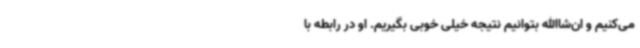
می‌کنیم و ان‌شاالله بتوانیم نتیجه خیلی خوبی بگیریم. او در رابطه با